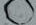
زمنية